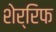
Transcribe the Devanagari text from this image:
शेर्रिफ